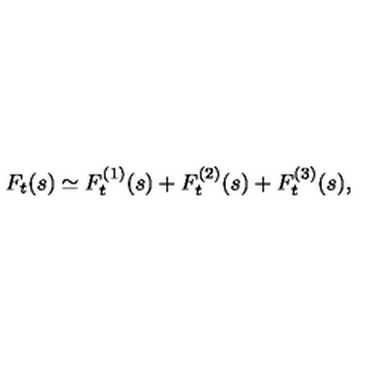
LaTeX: F _ { t } ( s ) \simeq F _ { t } ^ { ( 1 ) } ( s ) + F _ { t } ^ { ( 2 ) } ( s ) + F _ { t } ^ { ( 3 ) } ( s ) ,